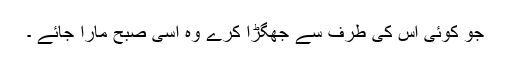
جو کوئی اُس کی طرف سے جھگڑا کرے وہ اِسی صُبح مارا جائے ۔